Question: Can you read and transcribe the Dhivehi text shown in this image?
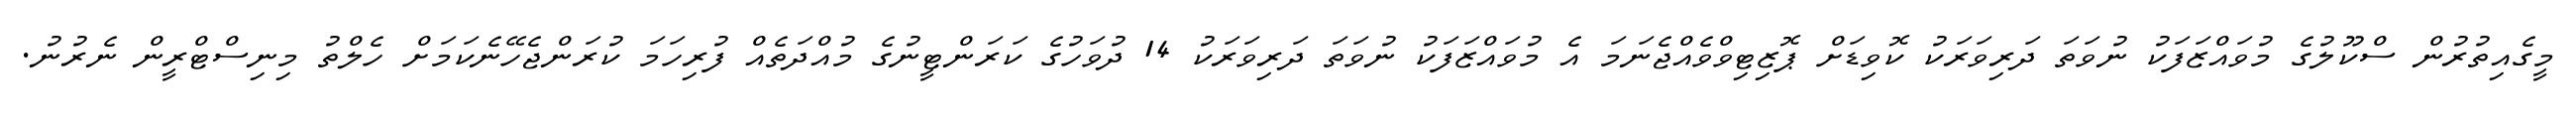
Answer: މީގެއިތުރުން ސްކޫލުގެ މުވައްޒަފަކު ނުވަތަ ދަރިވަރަކު ކޮވިޑަށް ޕޮޒިޓިވްވެއްޖެނަމަ އެ މުވައްޒަފަކު ނުވަތަ ދަރިވަރަކު 14 ދުވަހުގެ ކަރަންޓީނުގެ މުއްދަތެއް ފުރިހަމަ ކުރަންޖެހޭނެކަމަށް ހެލްތު މިނިސްޓްރީން ނެރުނު.